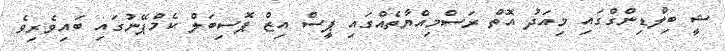
ޝީ ބިލްޑިންގްގައި މިއަދު އޮތް ރަސްމިއްޔާތެއްގައި ޕީސް އިޒް ޕޮސިބަލް ކެމްޕޭނުގައި ބައިވެރިވެ